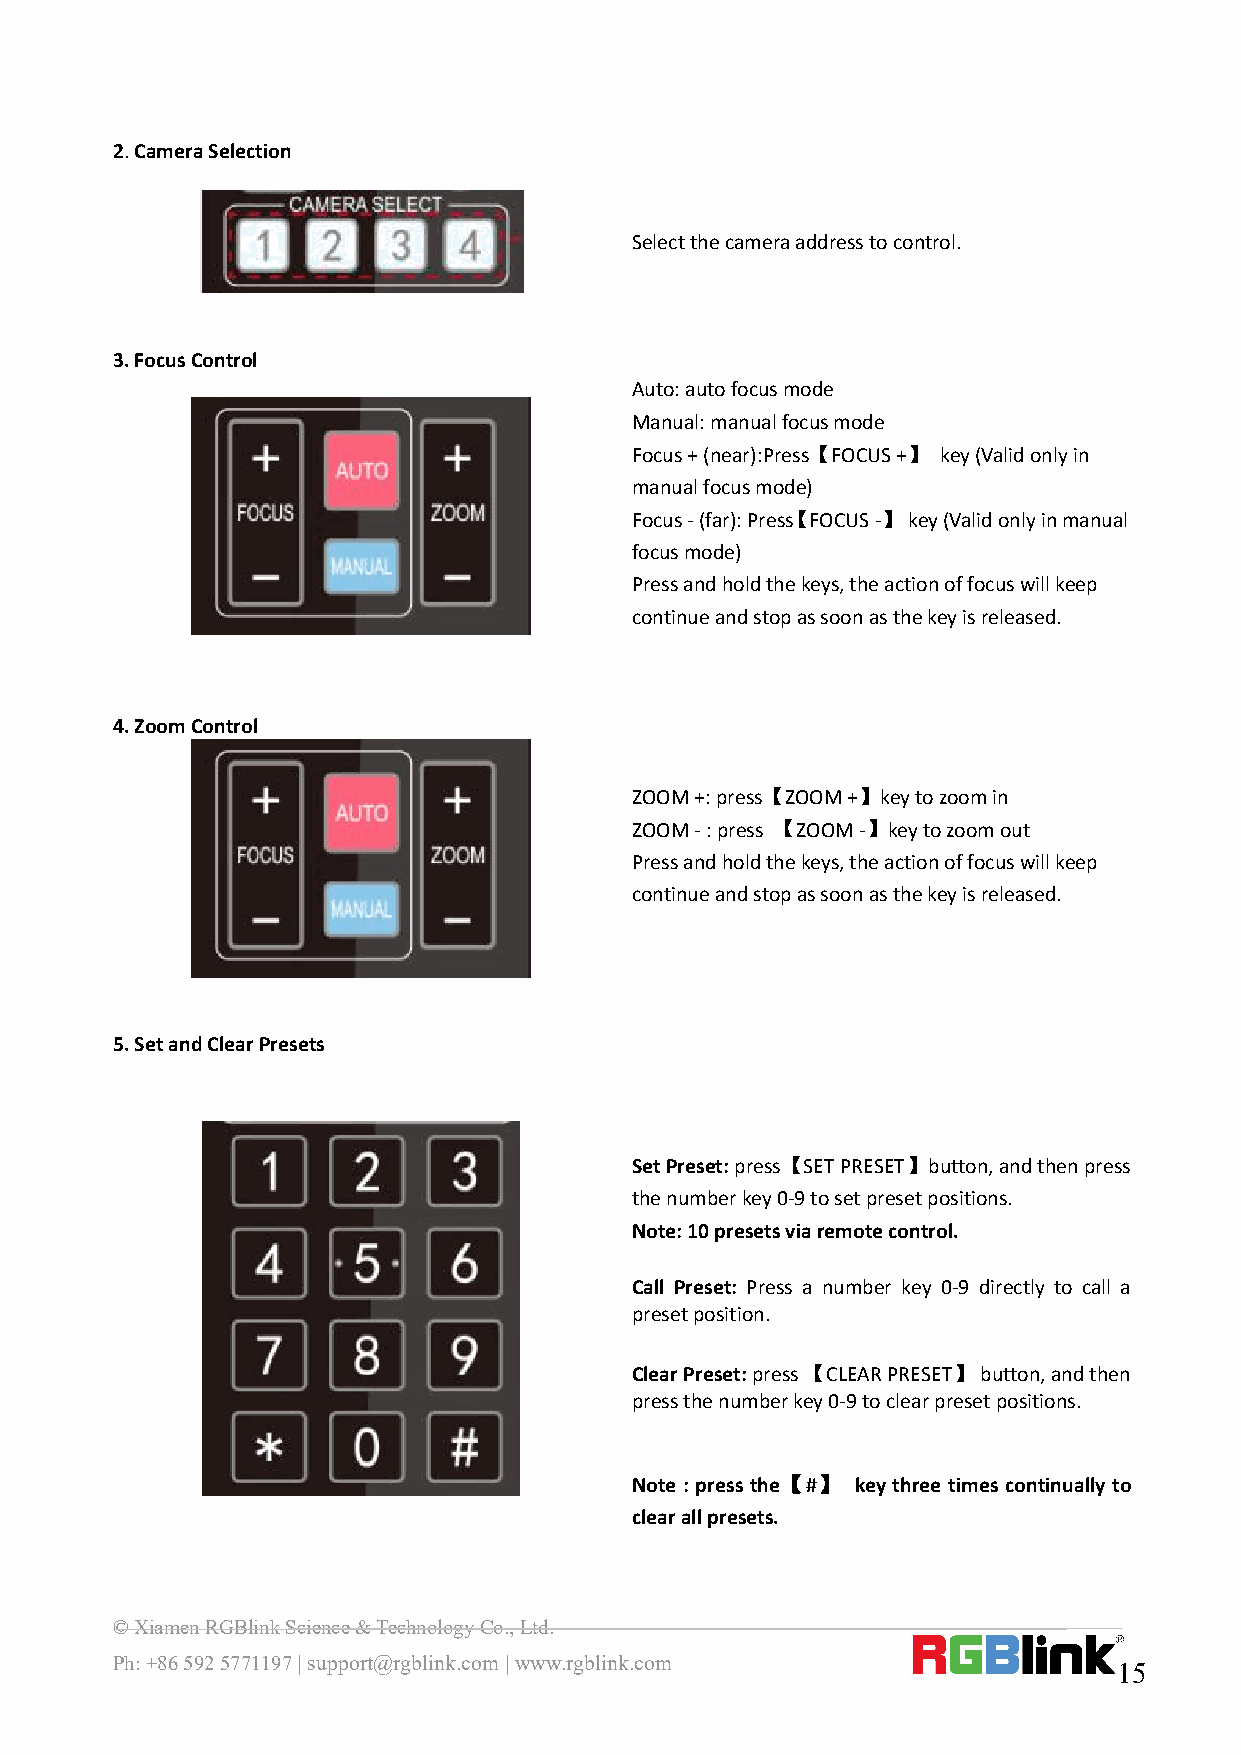
2.CameraSelection
 Selectthecameraaddresstocontrol.
 3.FocusControl
 Auto:autofocusmode
 Manual:manualfocusmode
 Focus+(near):Press【FOCUS+】 key(Validonlyin
 manualfocusmode)
 Focus-(far):Press【FOCUS-】key(Validonlyinmanual
 focusmode)
 Pressandholdthekeys,theactionoffocuswillkeep
 continueandstopassoonasthekeyisreleased.
 4.ZoomControl
 ZOOM+:press【ZOOM+】keytozoomin
 ZOOM-:press 【ZOOM-】keytozoomout
 Pressandholdthekeys,theactionoffocuswillkeep
 continueandstopassoonasthekeyisreleased.
 5.SetandClearPresets
 SetPreset:press【SETPRESET】button,andthenpress
 thenumberkey0-9tosetpresetpositions.
 Note:10presetsviaremotecontrol.
 Call Preset: Press a number key 0-9 directly to call a
 presetposition.
 ClearPreset:press【CLEARPRESET】button,andthen
 pressthenumberkey0-9toclearpresetpositions.
 Note : press the【#】 keythree times continually to
 clearallpresets.
 ©XiamenRGBlinkScience&TechnologyCo.,Ltd.
 Ph:+865925771197|support@rgblink.com|www.rgblink.com
 15